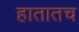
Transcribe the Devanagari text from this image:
हातातच